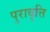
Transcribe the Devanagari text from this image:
पुरावृत्ति